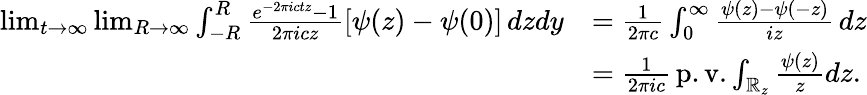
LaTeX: \begin{array}{rl}{\operatorname*{lim}_{t\rightarrow\infty}\operatorname*{lim}_{R\rightarrow\infty}\int_{-R}^{R}\frac{e^{-2\pi ictz}-1}{2\pi icz}[\psi(z)-\psi(0)]\, dzdy}&{=\frac{1}{2\pi c}\int_{0}^{\infty}\frac{\psi(z)-\psi(-z)}{iz}\, dz}\\ &{=\frac{1}{2\pi ic}\, \mathrm{p.v.}\int_{\mathbb{R}_{z}}\frac{\psi(z)}{z}dz.}\end{array}